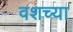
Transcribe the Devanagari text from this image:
वशच्या